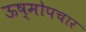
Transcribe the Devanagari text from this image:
ऊष्मोपचार